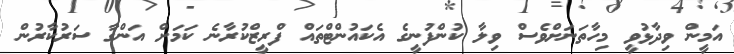
އަމީން ވިދާޅުވީ މިހާތަނަށްވެސް ވިލާ ކުންފުނީގެ އެކައުންޓްތައް ފްރީޒްކުރާނެ ކަމަށް އަންގާ ސަރުކާރުން